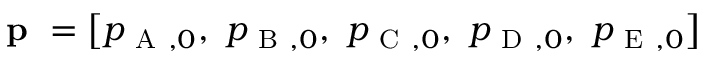
\textbf { p } = \left[ p _ { \mathrm { ~ A ~ } , 0 } , \ p _ { \mathrm { ~ B ~ } , 0 } , \ p _ { \mathrm { ~ C ~ } , 0 } , \ p _ { \mathrm { ~ D ~ } , 0 } , \ p _ { \mathrm { ~ E ~ } , 0 } \right]